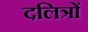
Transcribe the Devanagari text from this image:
दलित्रों